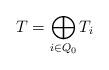
LaTeX: \begin{align*} T=\bigoplus_{i\in Q_0} T_i \end{align*}